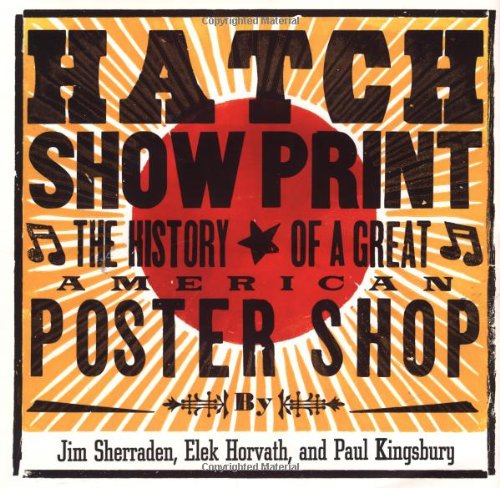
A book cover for Hatch Show Print: The History of a Great American Poster Shop; Paul Kingsbury; Arts & Photography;